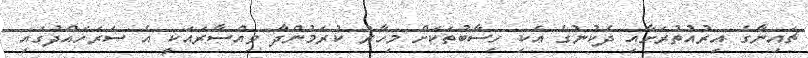
ޗައިނާގެ އިރުއުތުރަށާއި ދެކުނުގެ އެކި ހިސާބުތަކަށް މިހާރު ކުރަމުންދާ ވިއްސާރައަކީ އެ ސަރަހައްދުގައި